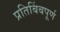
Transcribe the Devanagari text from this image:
प्रतिबिंबपूर्ण